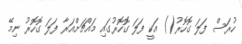
ހުރަސް ފަލަ ގޮހޮރު() އަކީ ފަލަ ގޮހޮރުގައި މައްޗަށްއަރާ ފަލަ ގޮހޮރު ނިމޭ